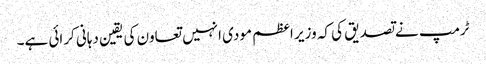
ٹرمپ نے تصدیق کی کہ وزیر اعظم مودی انہیں تعاون کی یقین دہانی کرائی ہے۔